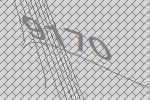
9170